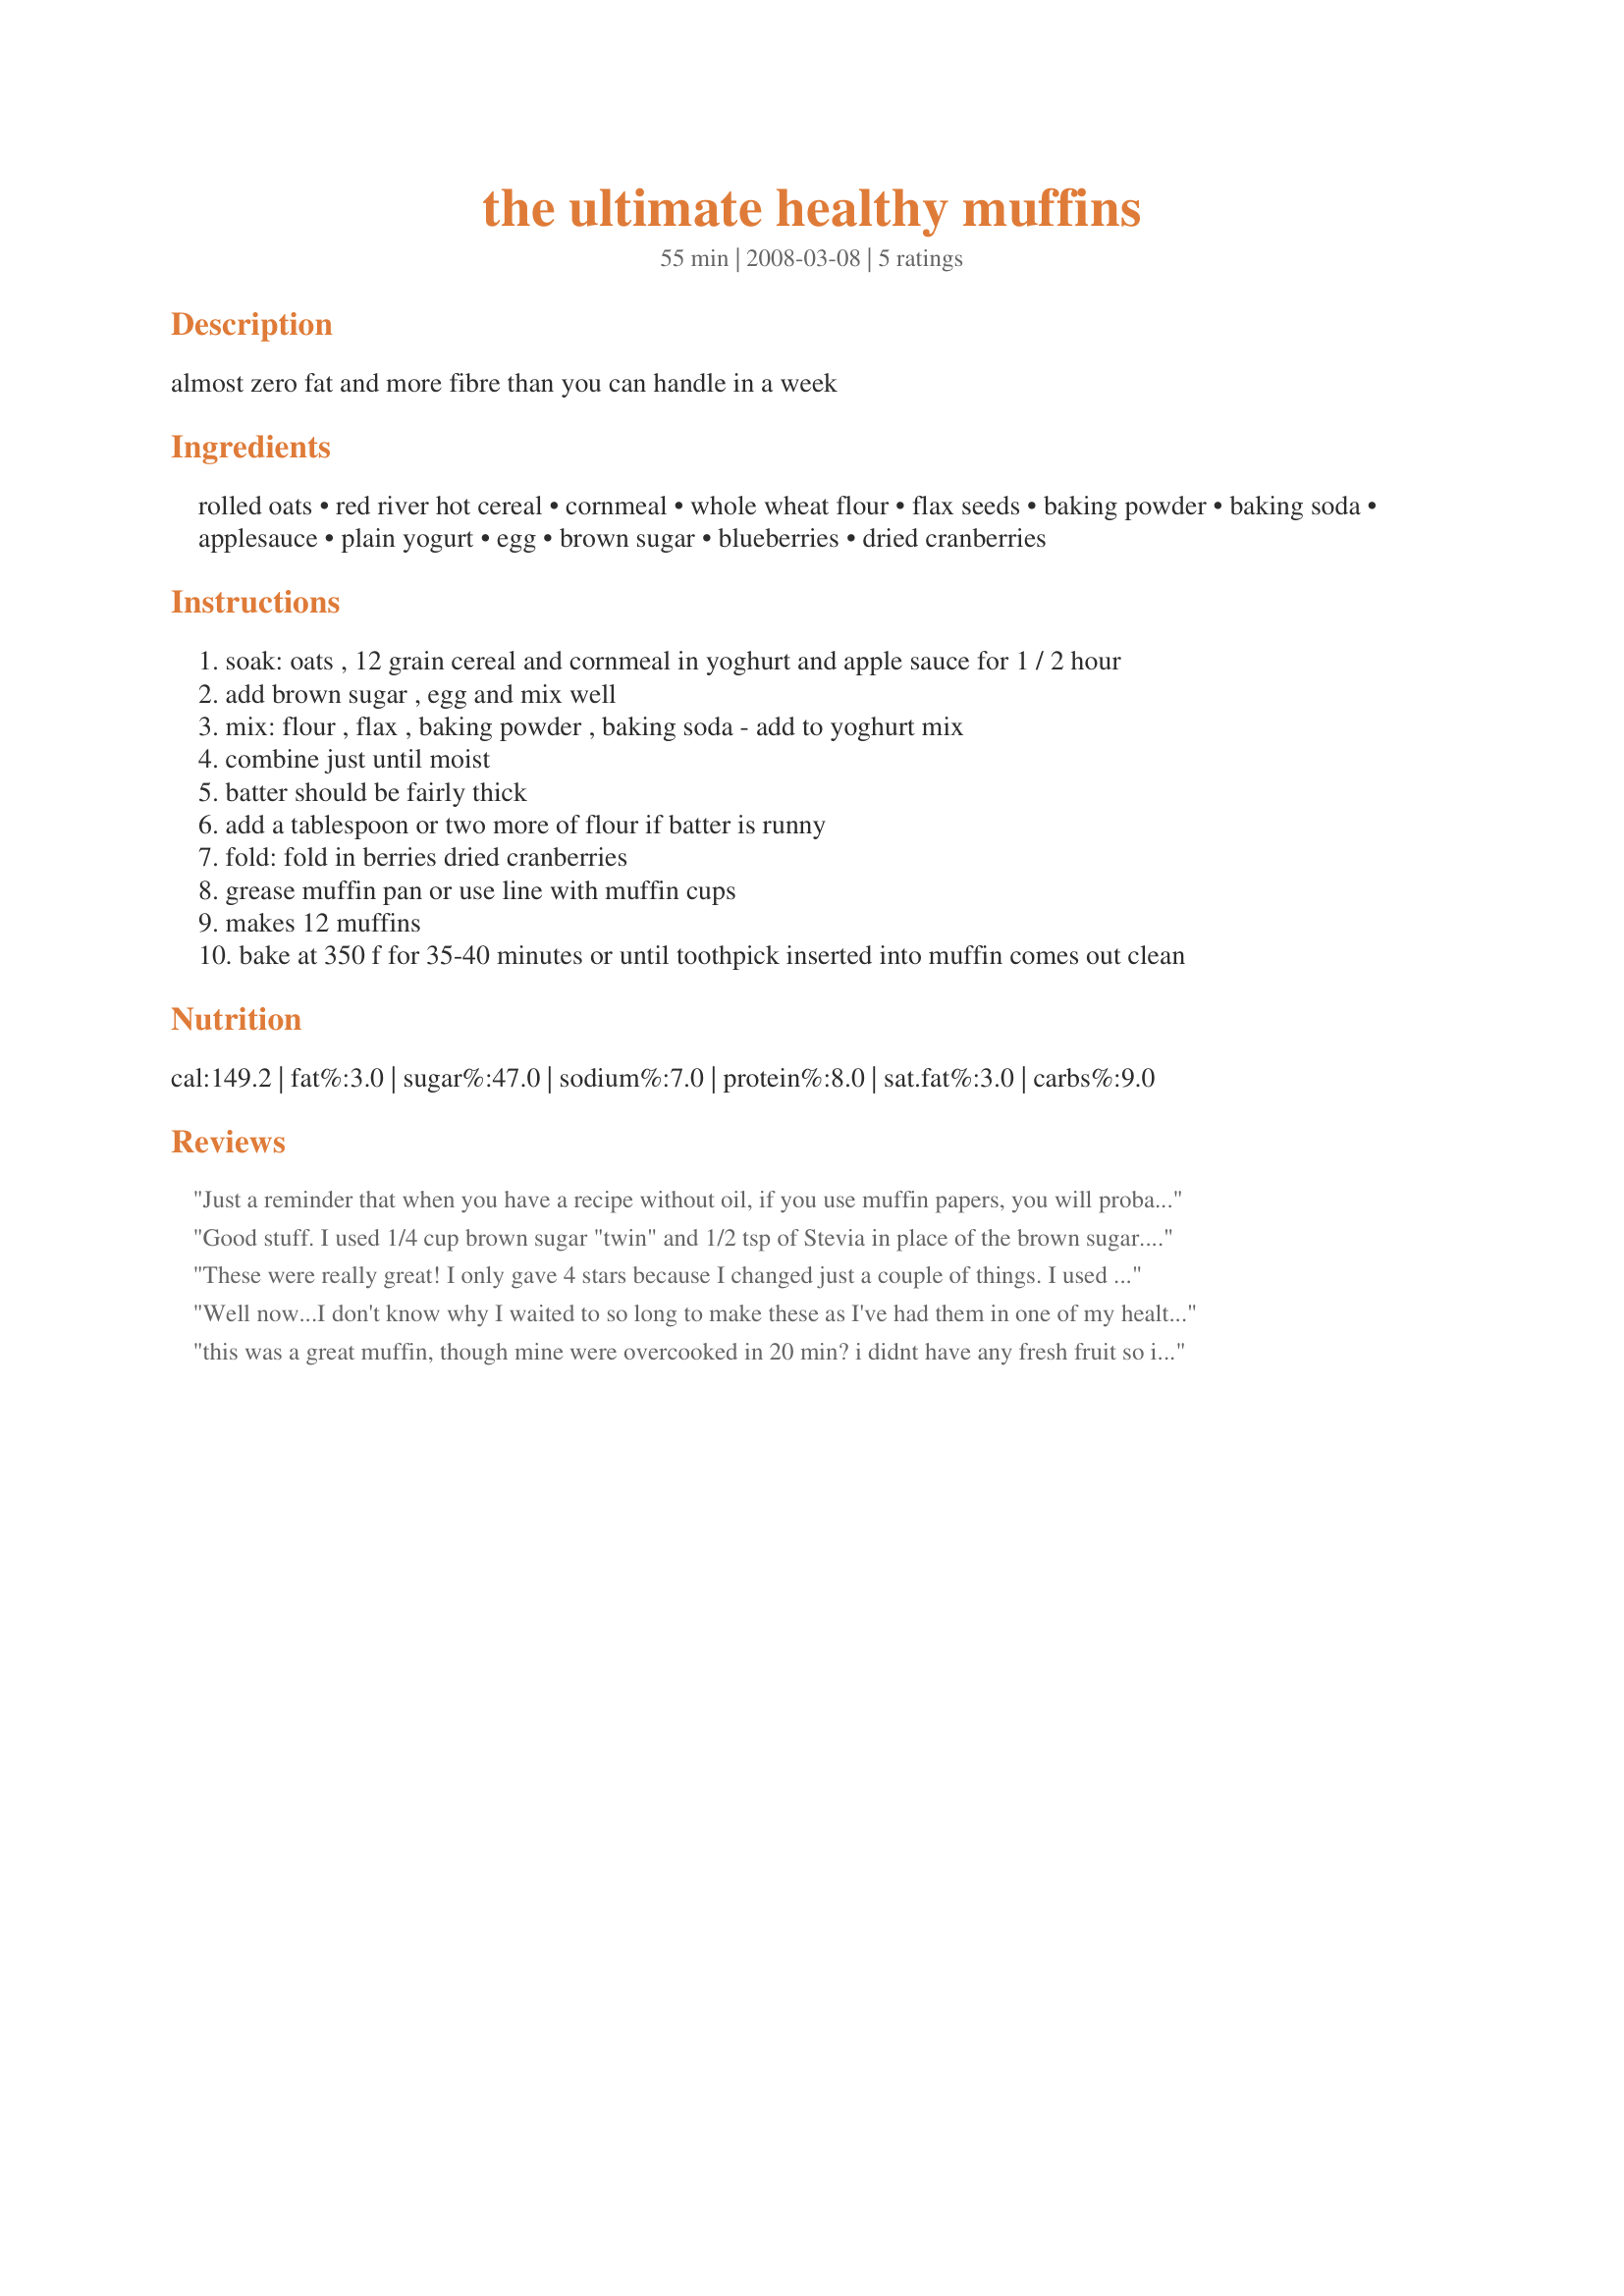
the ultimate healthy muffins
Preparation time: 55 minutes

almost zero fat and more fibre than you can handle in a week

Ingredients:
rolled oats, red river hot cereal, cornmeal, whole wheat flour, flax seeds, baking powder, baking soda, applesauce, plain yogurt, egg, brown sugar, blueberries, dried cranberries

Steps:
soak: oats , 12 grain cereal and cornmeal in yoghurt and apple sauce for 1 / 2 hour
add brown sugar , egg and mix well
mix: flour , flax , baking powder , baking soda - add to yoghurt mix
combine just until moist
batter should be fairly thick
add a tablespoon or two more of flour if batter is runny
fold: fold in berries dried cranberries
grease muffin pan or use line with muffin cups
makes 12 muffins
bake at 350 f for 35-40 minutes or until toothpick inserted into muffin comes out clean

Reviews:
Just a reminder that when you have a recipe without oil, if you use muffin papers, you will probably get a bit more fiber than you bargained for when you TRY to peel the paper off! I don&#039;t mind, but if you&#039;re serving to others, it gets a bit harder to do a nice presentation. I also chopped up apple for the fruit, and they were wonderful.
Good stuff. I used 1/4 cup brown sugar "twin" and 1/2 tsp of Stevia in place of the brown sugar. I also used 2 egg whites instead of a whole egg, and didn't add the flax seeds (just didn't have any on hand.)
These were really great! I only gave 4 stars because I changed just a couple of things. I used buttermilk in place of yogurt because that was what I had-also added 1 tsp of apple pie spice. I used a combination of frozen blueberries (thawed and drained) and cherry craisins.<br/><br/>I screwed up the directions-I mixed all the dry ingredients and all the wet ingredients and then added them instead of doing the soaking. Muffins still came out great. Made regular size and they were done in 15 min. Thanks for posting!
Well now...I don't know why I waited to so long to make these as I've had them in one of my healthy cookbooks for quite some time. Absolutely fabulous. 5+++++ stars from this chicky. And, as an added bonus...I don't feel the least bit guilty eating either as there chocked full of goodness. The only sub I made to your recipe was using a 1/4 cup Splenda brownsugar instead of the 1/2 cup regular you had listed. It made 12 very goodsize muffins. Just remember for those making these, they don't rise. Awesome!!! Thanks for posting. (and glad I finally made:-)
this was a great muffin, though mine were overcooked in 20 min? i didnt have any fresh fruit so i put some soaked raisons in them instead. very healthy and fiberlicious and it definately makes more than a dozen, i halved the recipe and got 10 muffins! dont hesitate to make these. they are better than you might think! and easier too. just watch the cooking time.
